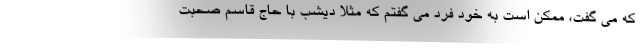
که می گفت، ممکن است به خود فرد می گفتم که مثلا دیشب با حاج قاسم صحبت